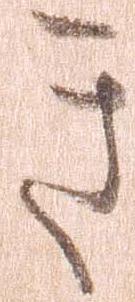
き